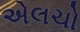
એલચો